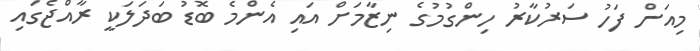
މިއަށް ފަހު ސަރުކާރު ހިންގުމުގެ ނިޒާމަށް އައި އެންމެ ބޮޑު ބަދަލަކީ ރާއްޖެގައި